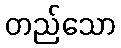
တည်သော